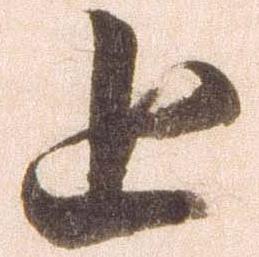
追